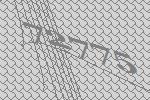
72775